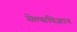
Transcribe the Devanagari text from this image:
सेल्सविज्ञान